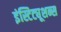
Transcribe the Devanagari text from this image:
इंस्टिट्यूशन्स